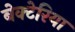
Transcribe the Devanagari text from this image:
बेक्टेरिया